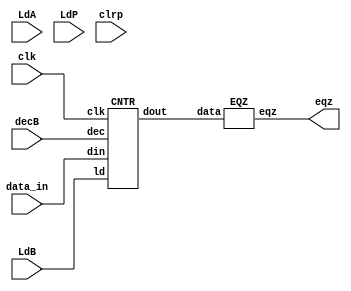
// DATAPATH 
module MUL_datapath (eqz,LdA,LdB,LdP,clrp,decB,data_in,clk);
input LdA,LdB,LdP,clrp,clk,decB;
input [15:0] data_in;
output eqz;
wire [15:0] X,Y,Z,Bout,Bus;

assign Bus = data_in;

PIPO1 A (X,Bus,LdA,clk);
PIPO2 P (Y,Z,LdP,clrp,clk);
CNTR  B (Bout,Bus,LdB,decB,clk);
ADD   AD (Z,X,Y);
EQZ COMP(eqz,Bout);
endmodule

module PIPO1 (dout,din,ld,clk);  // parallel in parallel out register without clear
input [15:0] din;
input ld,clk;
output reg[15:0] dout;

always @ (posedge clk)
    if(ld) dout <= din;
endmodule

module PIPO2 (dout,din,ld,clr,clk);      // parallel in parallel out register with clear
input [15:0] din;
input ld,clr,clk;
output reg [15:0] dout;

always @(posedge clk)
if (clr) dout <= 16'b0;
else if(ld) dout <= din;
endmodule

module CNTR (dout,din,ld,dec,clk);      // down counter 
input [15:0] din;
input ld,dec,clk; 
output reg [15:0] dout;

always @ (posedge clk)
 if (ld) dout <= din;
 else if (dec) dout <= dout-1;
endmodule

module ADD (out,in1,in2);
input [15:0] in1,in2; output reg [15:0] out;        

always@(*)
    out = in1 + in2;
endmodule

module EQZ (eqz,data);
input [15:0] data;
output eqz;

assign eqz = (data == 0);
endmodule


// Control Path
module controller (LdA,LdB,LdP,clrp,decB,done,clk,eqz,start);
input clk,eqz,start;
output reg LdA,LdB,LdP,clrp,decB,done;

reg [2:0] state;
parameter S0=3'b000, S1=3'b001, S2=3'b010, S3=3'b011, S4=3'b100;

always @ (posedge clk)          // Assign state with +ve edge clock with non blocking assignments
begin 
    case (state)
    S0: if(start) state <= S1;
    S1: state <= S2;
    S2: state <= S3;
    S3: #2 if(eqz) state <= S4;
    S4: state <= S4;
    default: state <= S0;
    endcase
end

always @ (state)                // Whenever the state changes generate the control signals using blocking assignments based on current state.
    begin
        case(state)
        S0: begin #1 LdA = 0; LdB = 0; LdP = 0; clrp = 0; decB = 0; end    // set all signals to 0
        S1: begin #1 LdA = 1; end                                          // load A
        S2: begin #1 LdA = 0; LdB = 1; clrp = 1; end                       // make ldA to 0.make ldb and clrp 1
        S3: begin #1 LdB = 0; clrp = 0; LdP = 1; decB = 1; end             // make ldB and clrp to 0.make ldp and decb 1
        S4: begin #1 done = 1; LdP = 0; decB = 0; end                      // make ldp and decb to 0. make done to 1
   default: begin #1 LdA = 0; LdB = 0; LdP = 0; clrp = 0; decB = 0; end
        endcase
    end
endmodule


/* Alternate way is t0 assign next state in first always block and then calculate state in the 2nd always block 

module controller (LdA,LdB,LdP,clrp,decB,done,clk,eqz,start);
input clk,eqz,start;
output reg LdA,LdB,LdP,clrp,decB,done;

reg [2:0] state, next_state;
parameter S0=3'b000, S1=3'b001, S2=3'b010, S3=3'b011, S4=3'b100;

always @ (posedge clk)          // Assign state with +ve edge clock with non blocking assignments
begin 
    case (state)
    S0: if(start) state <= S1;
    S1: state <= S2;
    S2: state <= S3;
    S3: #2 if(eqz) state <= S4;
    S4: state <= S4;
    default: state <= S0;
    endcase
end

always @ (state)                // Whenever the state changes generate the control signals using blocking assignments based on current state.
    begin
        case(state)
        S0: begin next_state = S1; #1 LdA = 0; LdB = 0; LdP = 0; clrp = 0; decB = 0;  end    // set all signals to 0
        S1: begin if(start) next_state = S2;#1 LdA = 1; end                                          // load A
        S2: begin #1 LdA = 0; LdB = 1; clrp = 1; end                       // make ldA to 0.make ldb and clrp 1
        S3: begin #1 LdB = 0; clrp = 0; LdP = 1; decB = 1; end             // make ldB and clrp to 0.make ldp and decb 1
        S4: begin #1 done = 1; LdP = 0; decB = 0; end                      // make ldp and decb to 0. make done to 1
   default: begin #1 LdA = 0; LdB = 0; LdP = 0; clrp = 0; decB = 0; end
        endcase
    end
endmodule

*/